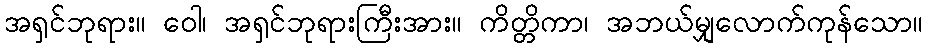
အရှင်ဘုရား။ ဝေါ၊ အရှင်ဘုရားကြီးအား။ ကိတ္တိကာ၊ အဘယ်မျှလောက်ကုန်သော။